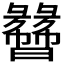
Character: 𬁯